Vaccination United Provinces of Agra and Oudh 1914-1922 - 1914-1922
Year: 1914
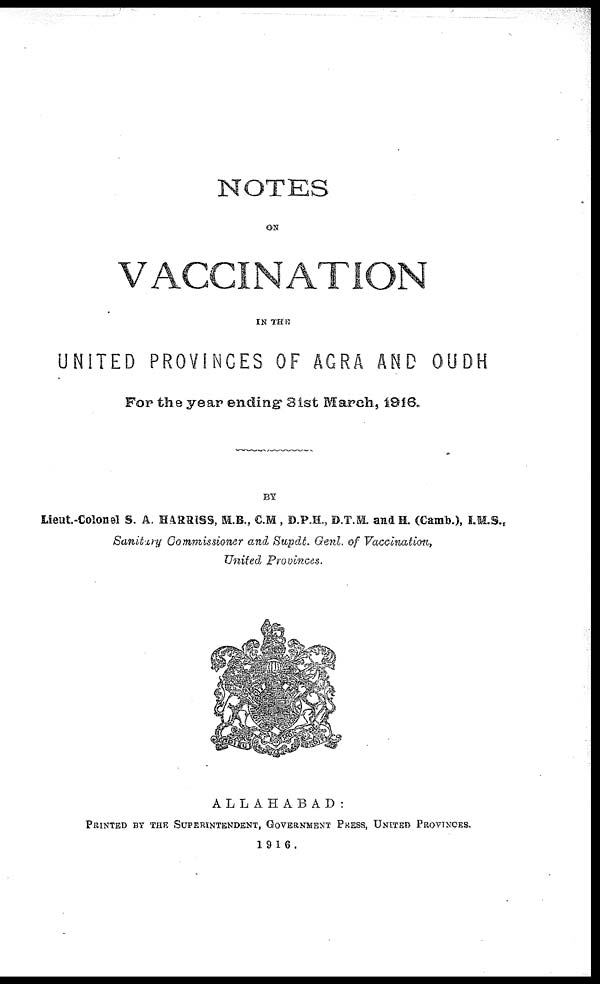
NOTES
ON
VACCINATION
IN THE
UNITED PROVINCES OF AGRA AND OUDH
For the year ending 31st March, 1916.
BY
Lieut-Colonel S. A. HARRISS, M.B., C.M., D.P.H., D.T.M. and H. (Camb.), I.M.S.,
Sanitary Commissioner and Supdt. Genl. of Vaccination,
United Provinces.
ALLAHABAD:
PRINTED BY THE SUPERINTENDENT, GOVERNMENT PRESS, UNITED PROVINCES.
1916.